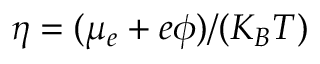
\eta = ( \mu _ { e } + e \phi ) / ( K _ { B } T )